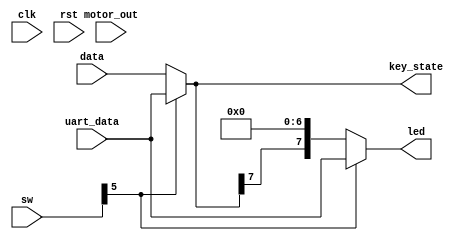
`timescale 1ns / 1ps

module centre(
    input clk,
	input rst,
	input [7:0]sw,
	input  [7:0]data,
	input [7:0]motor_out,
	input  [7:0]uart_data,
	output [7:0]led,
    output [7:0]key_state
        );



assign key_state = sw[5]? {uart_data[7:0]} : {data[7:0]};
assign led = sw[5]? {uart_data[7:0]} : {key_state[7],7'd0};   

endmodule